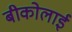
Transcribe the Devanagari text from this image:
बीकोलाई